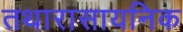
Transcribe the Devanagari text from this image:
तथारासायनिक